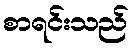
စာရင်းသည်